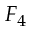
F _ { 4 }